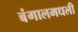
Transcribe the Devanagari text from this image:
बंगालमधली